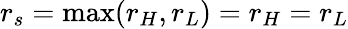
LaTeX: r_{s}=\mathrm{max}(r_{H},r_{L})=r_{H}=r_{L}